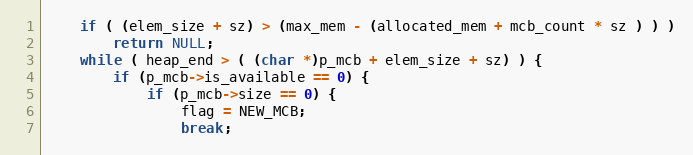
Language: C
	if ( (elem_size + sz) > (max_mem - (allocated_mem + mcb_count * sz ) ) )
		return NULL;
	while ( heap_end > ( (char *)p_mcb + elem_size + sz) ) {
		if (p_mcb->is_available == 0) {
			if (p_mcb->size == 0) {
				flag = NEW_MCB;
				break;